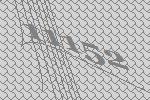
11152